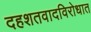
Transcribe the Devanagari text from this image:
दहशतवादविरोधात